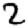
Digit: 2